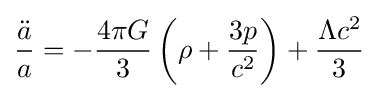
{\frac {\ddot {a}}{a}}=-{\frac {4\pi G}{3}}\left(\rho +{\frac {3p}{c^{2}}}\right)+{\frac {\Lambda c^{2}}{3}}